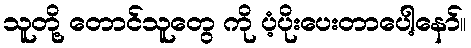
သူတို့ တောင်သူတွေ ကို ပံ့ပိုးပေးတာပေါ့နော်။